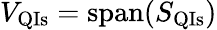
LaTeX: V_{\mathrm{QIs}}=\operatorname{span}(S_{\mathrm{QIs}})